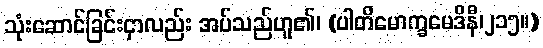
သုံးဆောင်ခြင်းငှာလည်း အပ်သည်ဟူ၏၊ (ပါတိမောက္ခမေဒိနီ၊၂၁၅။)